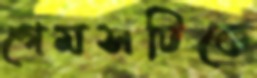
গেমসটিকে